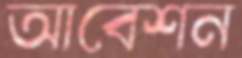
আবেশন